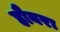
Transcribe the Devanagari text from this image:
हौबरा